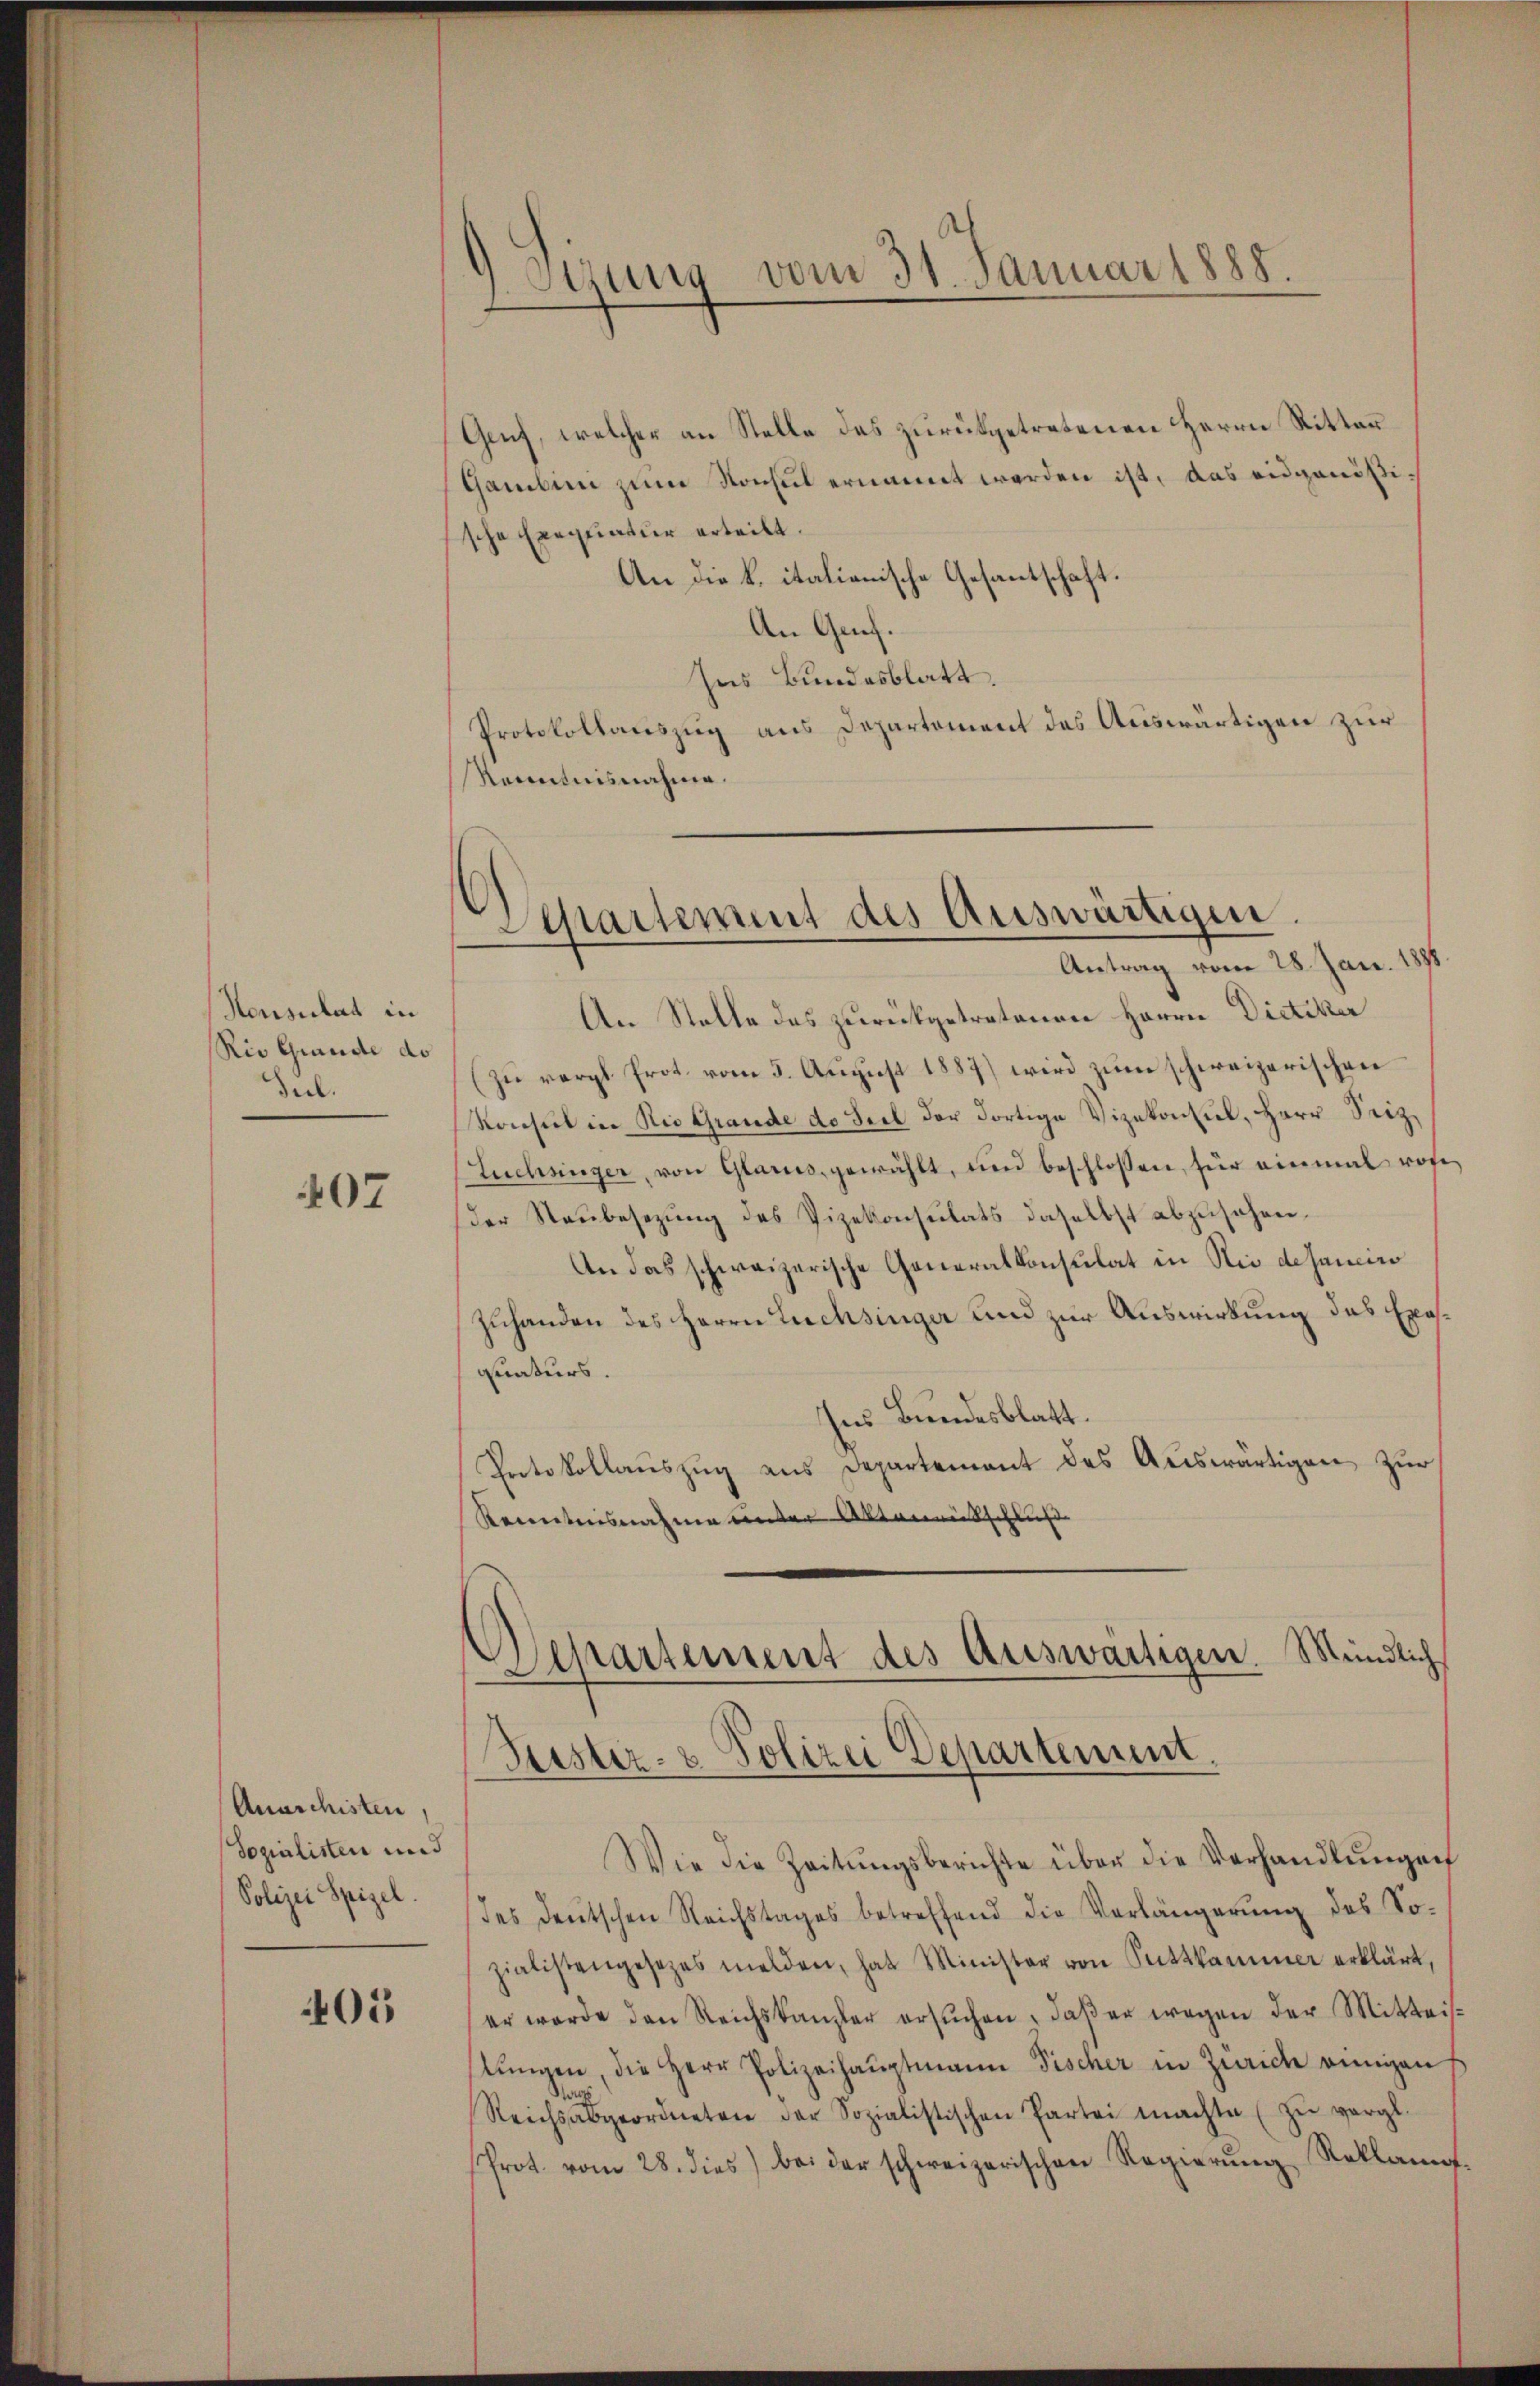
Honsulat in
Rio Grunde do
Seel.

407

Anarchisten,
Sozialisten und
Polizei Spizel.

405

Stzung vom 31. Januar 1888.

Genf, welcher an Stelle das zurükgetretenen Herrn Ritter¬
Gambini zum Konsul ernannt werden ist, das eidgenößische Exequatur erteilt.
An die k. italienische Gesantschaft.
An Genf.
Ins Bundesblatt.
Protokollauszug aus Departement das Auswärtigen zur
Renntnisnahme.

Separtement des Auswärtigen.
Antrag vom 28. Jan. 18

An Stelle des zurückgetretenen Herrn Dietiker
(zŭ vergl. Prot. vom 5. Aŭgŭst 1887) wird zŭm schweizerischen
Konsul in Nie Grande de Seel der dortige Vizekonsul, Herr Seiz¬
Lüchsinger, von Glarus, gewählt, und beschlossen, für einmal von
der Raubesezung des Vizekonsulats daselbst abzusehen.
An das schweizerische Generalkonsulat in Nie desanciro
Zuhanden des Herrn Luchsinger und zur Auswirkung das Exesquaturs.
Ins Bundesblatt.
Protokollauszug aus Departement des Auswärtigen zur
Kenntnisnahme unter Aktenantschluß

Departement des Auswärtigen. Mündlich
Fuester- u Polizei Departement.

Wie die Zeitŭngsberichte über die Verhandlŭngen
des deŭtschen Reichstages betreffend die Verlängerŭng des So-
zialistengesetzes melden, hat Minister von Puttkammer erklärt,
er werde den Reichskanzler ersŭchen, daß er wegen der Mitteistŭngen, die Herr Polizeihauptmann Fischer in Zürich einigen
Reichsabgeordneten der Sozialistischen Partei machte zŭ vergl.
Prot. vom 28. dies bei der schweizerischen Regierŭng Reklama¬